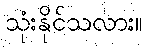
သုံးနိုင်သလား။